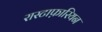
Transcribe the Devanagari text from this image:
रास्टाफ़ारियन